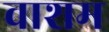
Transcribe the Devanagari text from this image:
वाशम